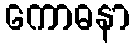
ကောဓနာ